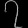
Digit: ၇